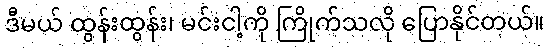
ဒီမယ် ထွန်းထွန်း၊ မင်းငါ့ကို ကြိုက်သလို ပြောနိုင်တယ်။